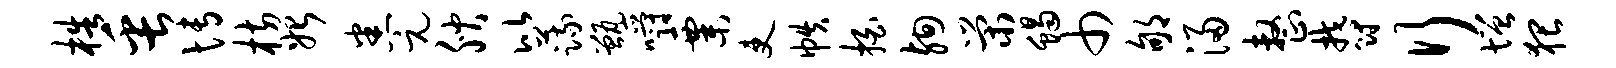
梏缶博枋始悉元腴比蔬甑嚼粟吏帙拍殉荣蝎巾郇浸整郁行增猥